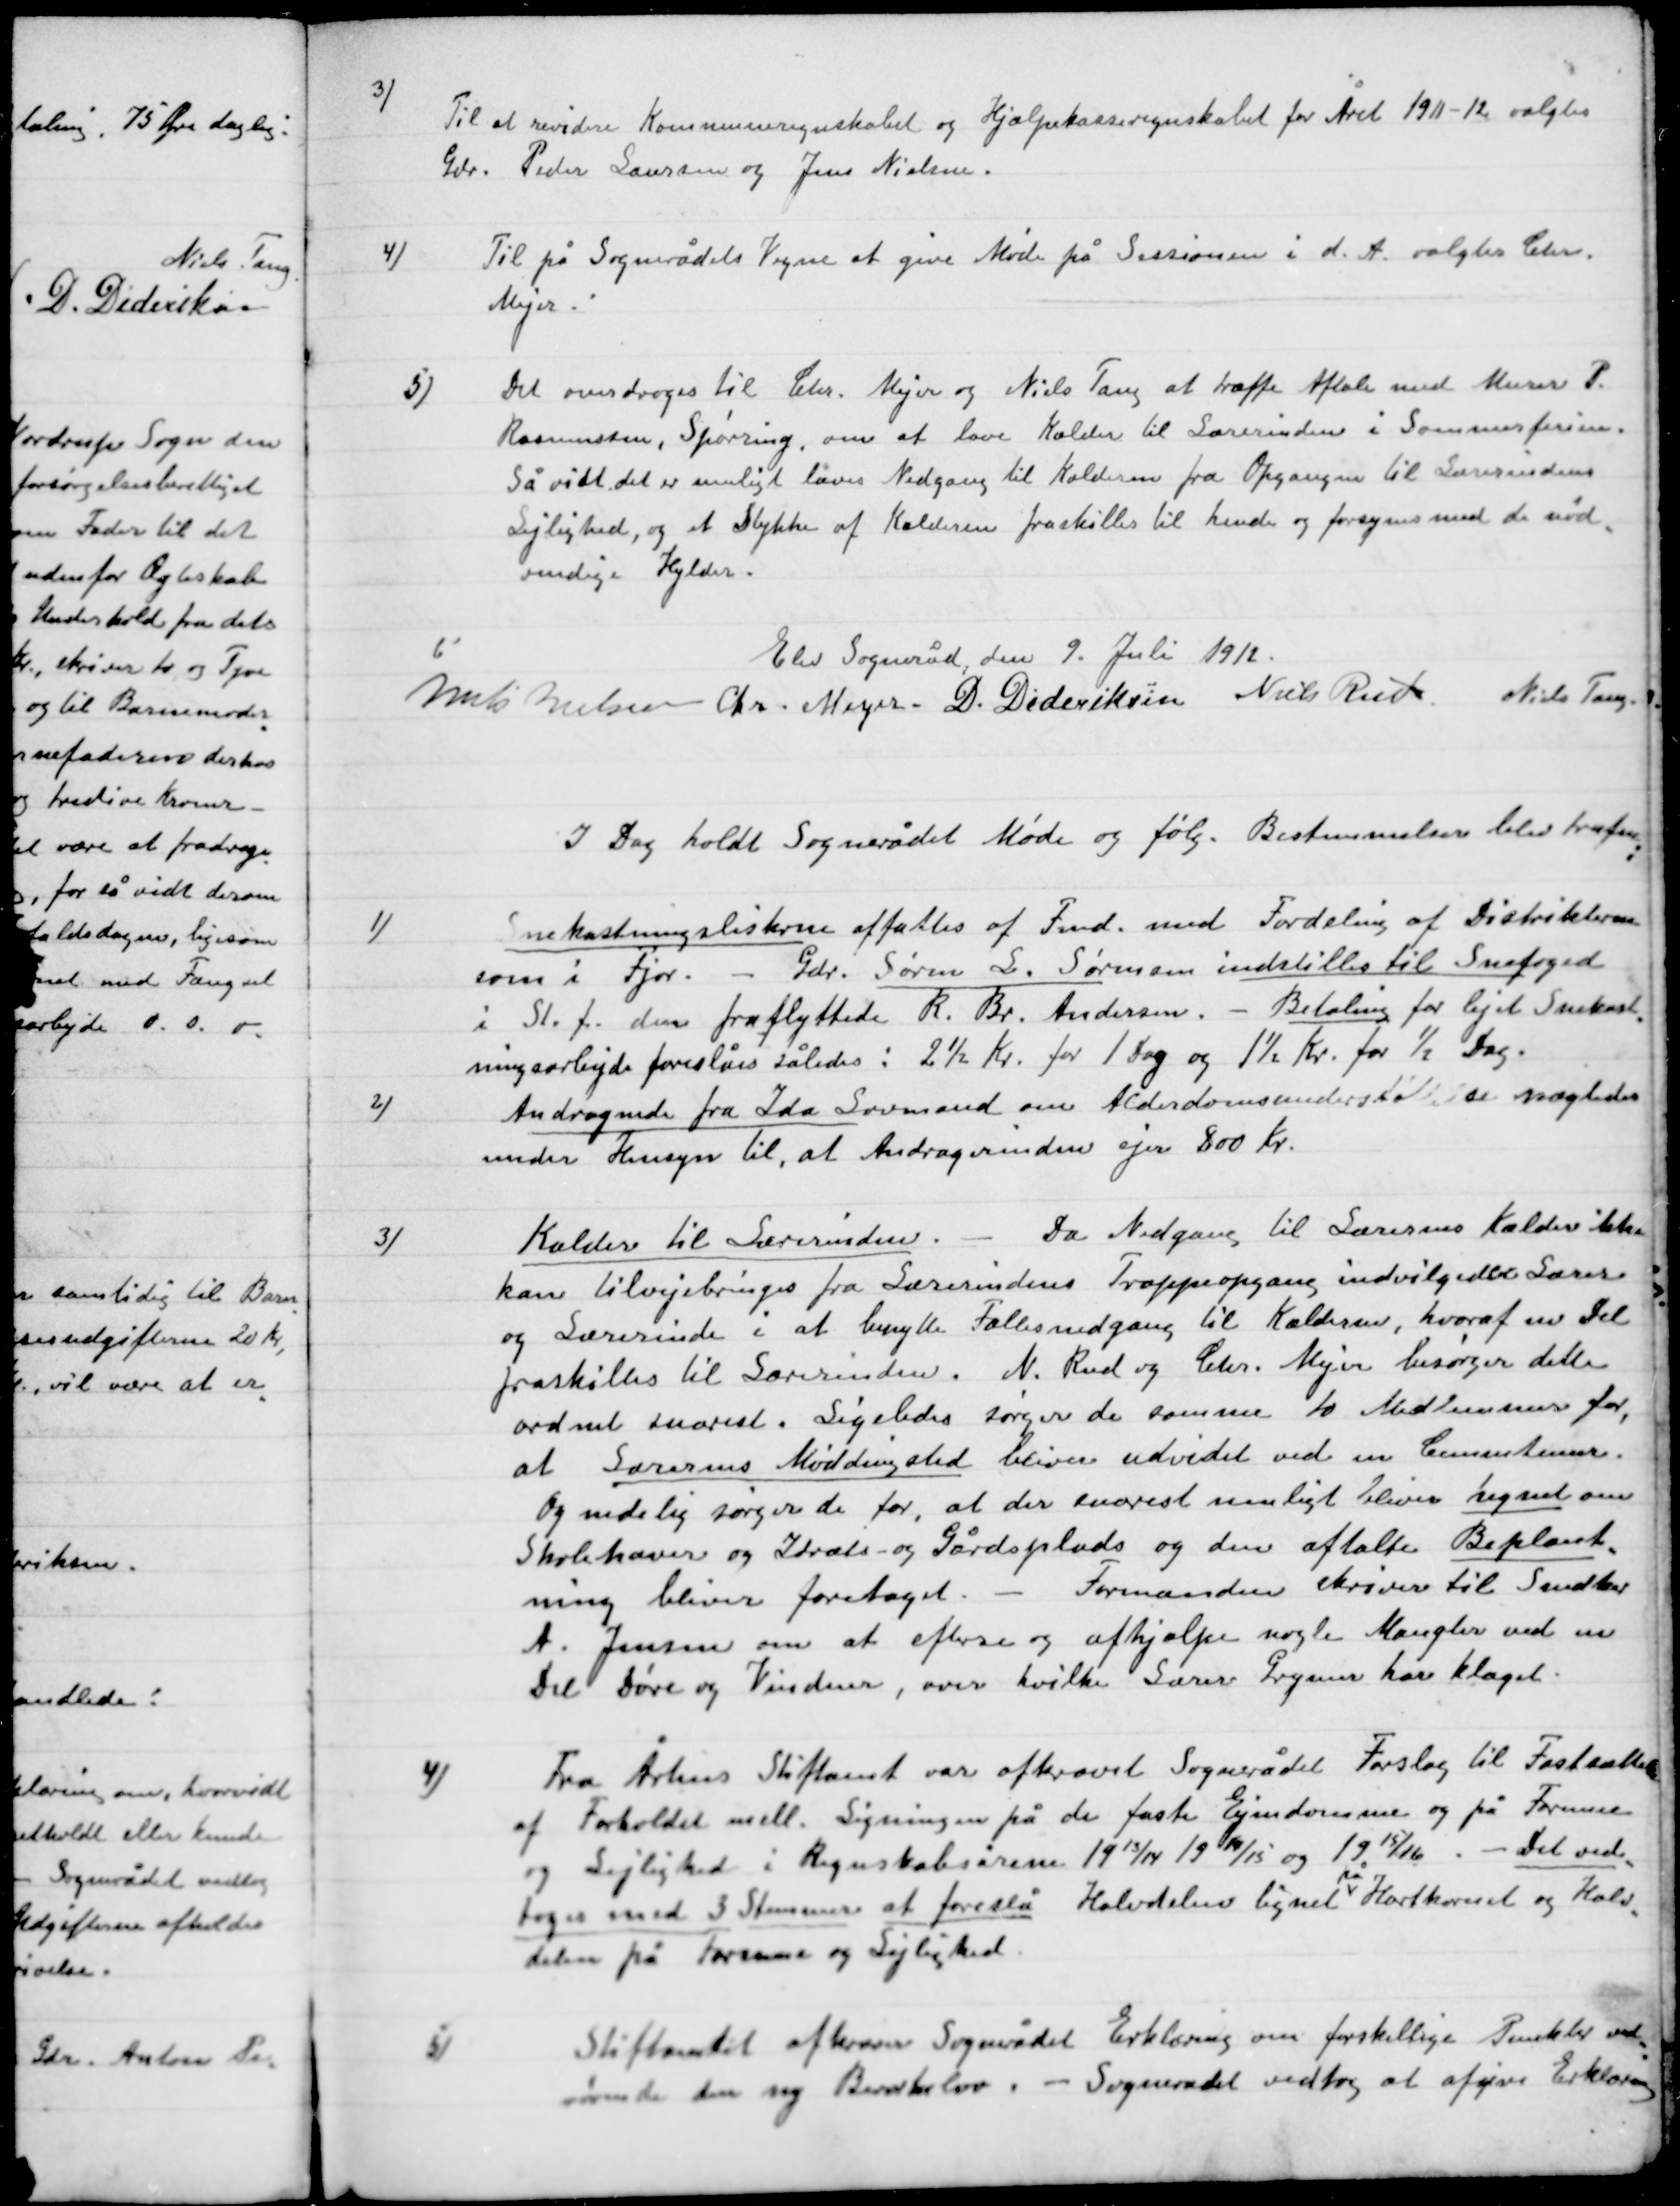
Transskription:
3)

Til at revidere Kommuneregnskabet og Hjælpeklasse regnskabet for Året 1911-12 valgtes
Gdr. Peder Lauersen og Jens Nielsen.

4)

Til på Sognerådets Vegne at give Møde på Sessionen i d. A. valgtes Chr.
Mejer.

5)

Det overdroges til Chr. Mejer og Niels Tang at træffe Aftale med Murer P.
Rasmussen, Spørring, om at lave Kælder til Lærerinden i Sommerferien.
Så vidt det er muligt laves Nedgang til Kælderen fra Opgangen til Lærerindens
Lejlighed, og et Stykke af Kælderen fraskilles til hende og forsynes med de nød-
vendige Hylder.

Elsted Sogneråd den 9. Juli 1912.

Niels Nielsen
Chr. Meyer
Diderik Dideriksen
Niels Rud
Niels Tang.

I Dag holdt Sognerådet Møde og følg. Bestemmelser blev truffen:

1)

Snekastningslisterne aftaltes af Fmd. med fordeling af Distrikterne
som i Fjor. – Gdr. Søren L. Sørensen indstilles til Snefoged
I St. f. dem fraflyttede R. Br. Andersen. – Betaling for lejet snekast-
nings arbejde foreslås således; 2½ Kr. for 1 Dag og 1½ Kr. for ½ Dag.

2)

Andragende fra Ida Lovmand om Alderdomsunderstøttelse nægtedes
under Hensyn til, at Andragerinden ejer 800 Kr.

3)

Kælder til Lærerinden. – Da Nedgangen til Lærerindens kælder ikke
kan tilvejebringes fra Lærerindens Trappegang indvilgede Lærer
og Lærerinden i at benytte Fællesudgang til Kælderen, hvoraf en Del
fraskilles  til Lærerinden. N. Rud og Chr. Meyer besørger dette
ordnet snarest. Ligeledes søger de samme to Medlemmer for,
at Lærernes Møddingsted bliver udvidet ved en Cementeren.
Og endelig søger de for, at der snarest muligt bliver hegnet om
Skolehaveer og Iddræts- og Gårdsplads og den aftalte Beplant-
ning bliver foretaget. -  Formanden skriver til Snedker
A. Jensen om at efterse – og den afhjælpe nogle Mangler ved en
Del Døre og Vindruer over hvilke Lærer Grymer har klaget

4)

Fra Århus Stiftsamt var afkrævet Sognerådet Forslag til fastansættelse
af Forholdet mell. Ligningen på de fast Ejendomme og på Formue
og Lejlighed i Regnskabsårene 1913/14 og1915/16. – Det ved-
toges med 3 Stemmer at foreslå Halvdelen lignet på Hartkorn og Halv-
delen på Formue og Lejlighed.

5)

Stiftsamtet afkræver sognerådet Erklæring om forskellige Punkter ved
Rørende den ny Beværterlov. – Sognerådet vedtog at afgive Erklæring